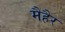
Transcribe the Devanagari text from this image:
मैहैर